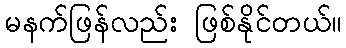
မနက်ဖြန်လည်း ဖြစ်နိုင်တယ်။